Annual administration report of the Civil Veterinary Department, Sind - 1939-1940
Year: 1939
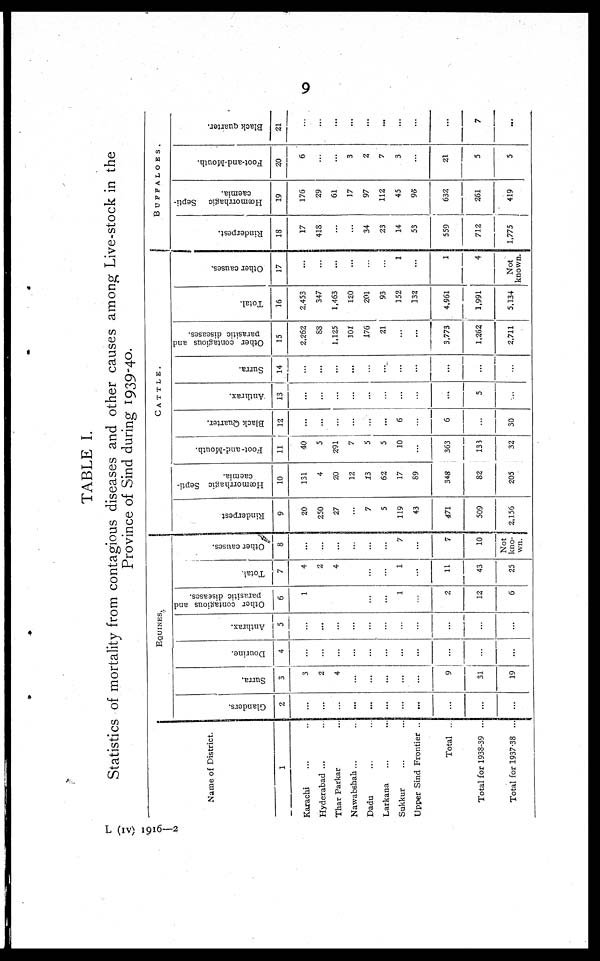
9
TABLE I.
Statistics of mortality from contagious diseases and other causes among Live-stock in the
Province of Sind during 1939-40.
Name of District.
1
Karachi ... ...
Hyderabad ... ...
Thar Parkar ...
Nawabshah ... ...
Dadu ... ...
Larkana ... ...
Sukkur ... ...
Upper Sind Frontier ..
Total ..
Total for 1938-39 ...
Total for 1937-38 ...
EQUINES.
Glanders.
2
...
...
...
...
...
...
...
...
...
...
...
Surra.
3
3
2
4
...
...
...
...
...
9
31
19
Dourine.
4
...
...
...
...
...
...
...
...
...
...
...
Anthrax.
5
...
...
...
...
...
...
...
...
...
...
...
Other contagious and
parasitic diseases.
6
1
...
...
...
...
...
1
...
2
12
6
Total.
7
4
2
4
...
...
...
1
...
11
43
25
Other causes.
8
...
...
...
...
...
...
7
...
7
10
Not
kno¬
wn.
CATTLE.
Rinderpest
9
20
250
27
...
7
5
119
43
471
509
2,156
Hœmorrhagic Septi-
caemia.
10
131
4
20
12
13
62
17
89
348
82
205
Foot-and-Mouth.
11
40
5
291
7
5
5
10
...
363
133
32
Black Quarter.
12
...
...
...
...
...
...
6
...
6
...
30
Anthrax.
13
...
...
...
...
...
...
...
...
...
5
...
Surra.
14
...
...
...
...
...
...
...
...
...
...
...
Other contagious and
parasitic diseases.
15
2,262
88
1,125
101
176
21
...
...
3,773
1,262
2,711
Total.
16
2,453
347
1,463
120
201
93
152
132
4,961
1,991
5,134
Other causes.
17
...
...
...
...
...
...
1
...
1
4
Not
known.
BUFFALOES.
Rinderpest.
18
17
418
...
...
34
23
14
53
559
712
1,775
Hœmorrhagic
Septi-
caemia.
19
176
29
61
17
97
112
45
95
632
261
419
Foot-and-Mouth.
20
6
...
...
3
2
7
3
...
21
5
5
Black quarter.
21
...
...
...
...
...
...
...
...
...
7
...
L (iv) 1916—2